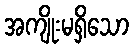
အကျိုးမရှိသော